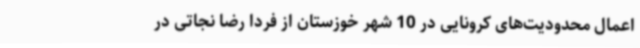
اعمال محدودیت‌های کرونایی در 10 شهر خوزستان از فردا رضا نجاتی در